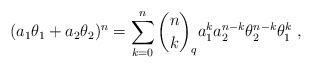
\begin{align*}(a_{1}\theta_{1}+a_{2}\theta_{2})^{n}=\sum_{k=0}^{n}{n\choose k}_{q} a^{k}_{1} a^{n-k}_{2}\theta^{n-k}_{2}\theta^{k}_{1}\ ,\end{align*}